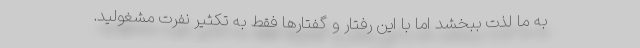
به ما لذت ببخشد اما با این رفتار و گفتارها فقط به تکثیر نفرت مشغولید.